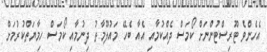
އެހެންވެ ޓޫރިސްޓުންނަށް ކޯމަސް ދެއްކުމާއި އެއާ ބެހޭ މައުލޫމާތު ދިނުމާއި ކޯމަސް ހިމާޔަތްކުރުމަށް